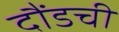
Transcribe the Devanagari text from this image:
दौंडची